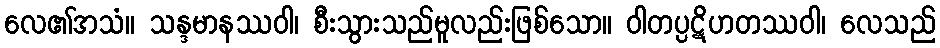
လေ၏အသံ။ သန္ဒမာနဿဝါ၊ စီးသွားသည်မူလည်းဖြစ်သော။ ဝါတပ္ပဋိဟတဿဝါ၊ လေသည်